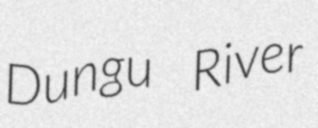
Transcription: Dungu River